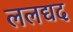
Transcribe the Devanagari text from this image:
ललद्यद